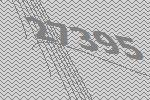
27395